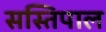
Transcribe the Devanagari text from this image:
सस्तिपाल